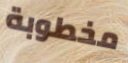
مخطوبة